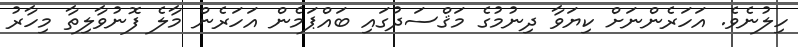
ހިލުނެވެ. އަހަރެންނަށް ކިޔަވާ ދިނުމުގެ މަޤްސަދުގައި ބައްޕަމެން އަހަރެން މާލެ ފޮނުވާލިތާ މިހާރު